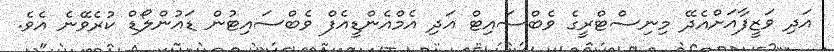
އަދި ވަޒީފާއަށްއެދޭ މިނިސްޓްރީގެ ވެބްސައިޓް އަދި އެމްއެންޑީއެފް ވެބްސައިޓުން ޑައުންލޯޑް ކުރެވޭނެ އެވެ.